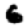
Digit: 6